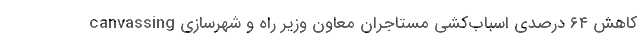
canvassing کاهش ۶۴ درصدی اسباب‌کشی مستاجران معاون وزیر راه و شهرسازی